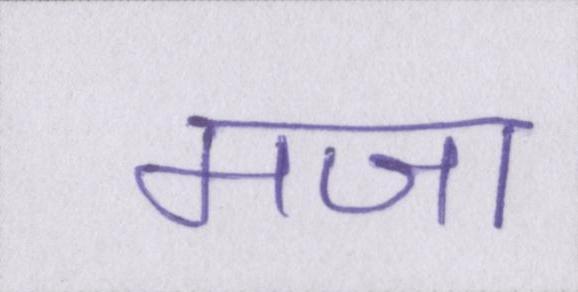
मजा